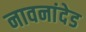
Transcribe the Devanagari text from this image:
नावनांदेड